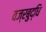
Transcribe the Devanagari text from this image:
वज्रबुद्धि